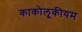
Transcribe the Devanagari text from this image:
काकोलूकीयम